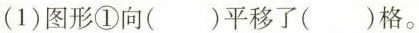
(1)图形①向()平移了()格。